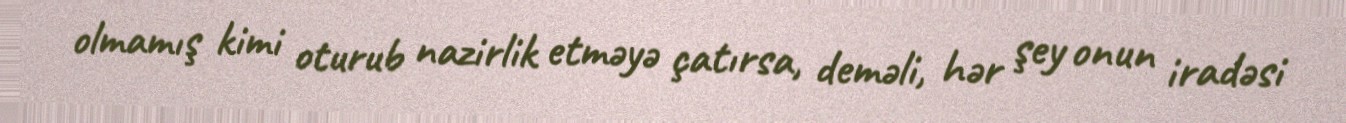
olmamış kimi oturub nazirlik etməyə çatırsa, deməli, hər şey onun iradəsi